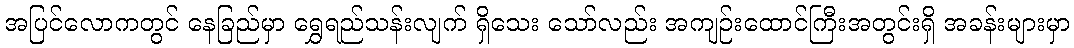
အပြင်လောကတွင် နေခြည်မှာ ရွှေရည်သန်းလျက် ရှိသေး သော်လည်း အကျဉ်းထောင်ကြီးအတွင်းရှိ အခန်းများမှာ